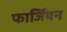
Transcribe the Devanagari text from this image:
फार्जियन